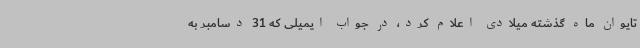
تایوان ماه گذشته میلادی اعلام کرد، در جواب ایمیلی که 31 دسامبر به